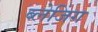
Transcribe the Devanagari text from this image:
ब्लेजिंग